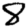
Digit: 8